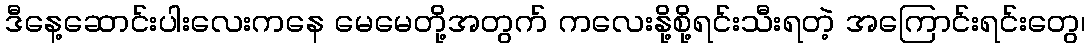
ဒီနေ့ဆောင်းပါးလေးကနေ မေမေတို့အတွက် ကလေးနို့စို့ရင်းသီးရတဲ့ အကြောင်းရင်းတွေ၊